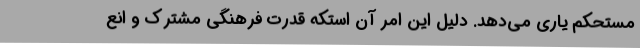
مستحکم یاری می‌دهد. دلیل این امر آن استکه قدرت فرهنگی مشترک و انع